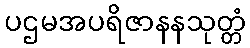
ပဌမအပရိဇာနနသုတ္တံ